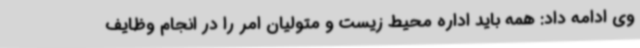
وی ادامه داد: همه باید اداره محیط زیست و متولیان امر را در انجام وظایف